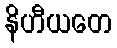
နိဟီယတေ